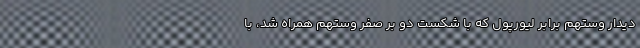
دیدار وستهم برابر لیورپول که با شکست دو بر صفر وستهم همراه شد، با